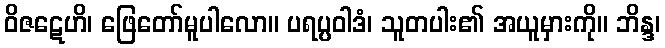
ဝိဇဋေဟိ၊ ဖြေတော်မူပါလော။ ပရပ္ပဝါဒံ၊ သူတပါး၏ အယူမှားကို။ ဘိန္ဒ၊